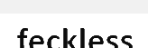
feckless